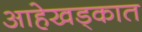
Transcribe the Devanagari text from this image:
आहेखड्कात